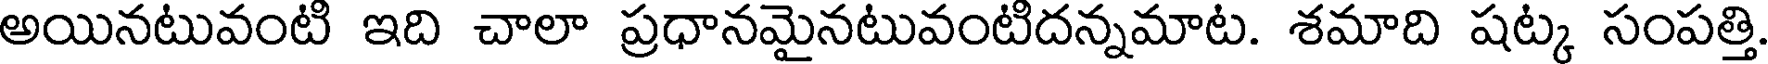
అయినటువంటి ఇది చాలా ప్రధానమైనటువంటిదన్నమాట. శమాది షట్క సంపత్తి